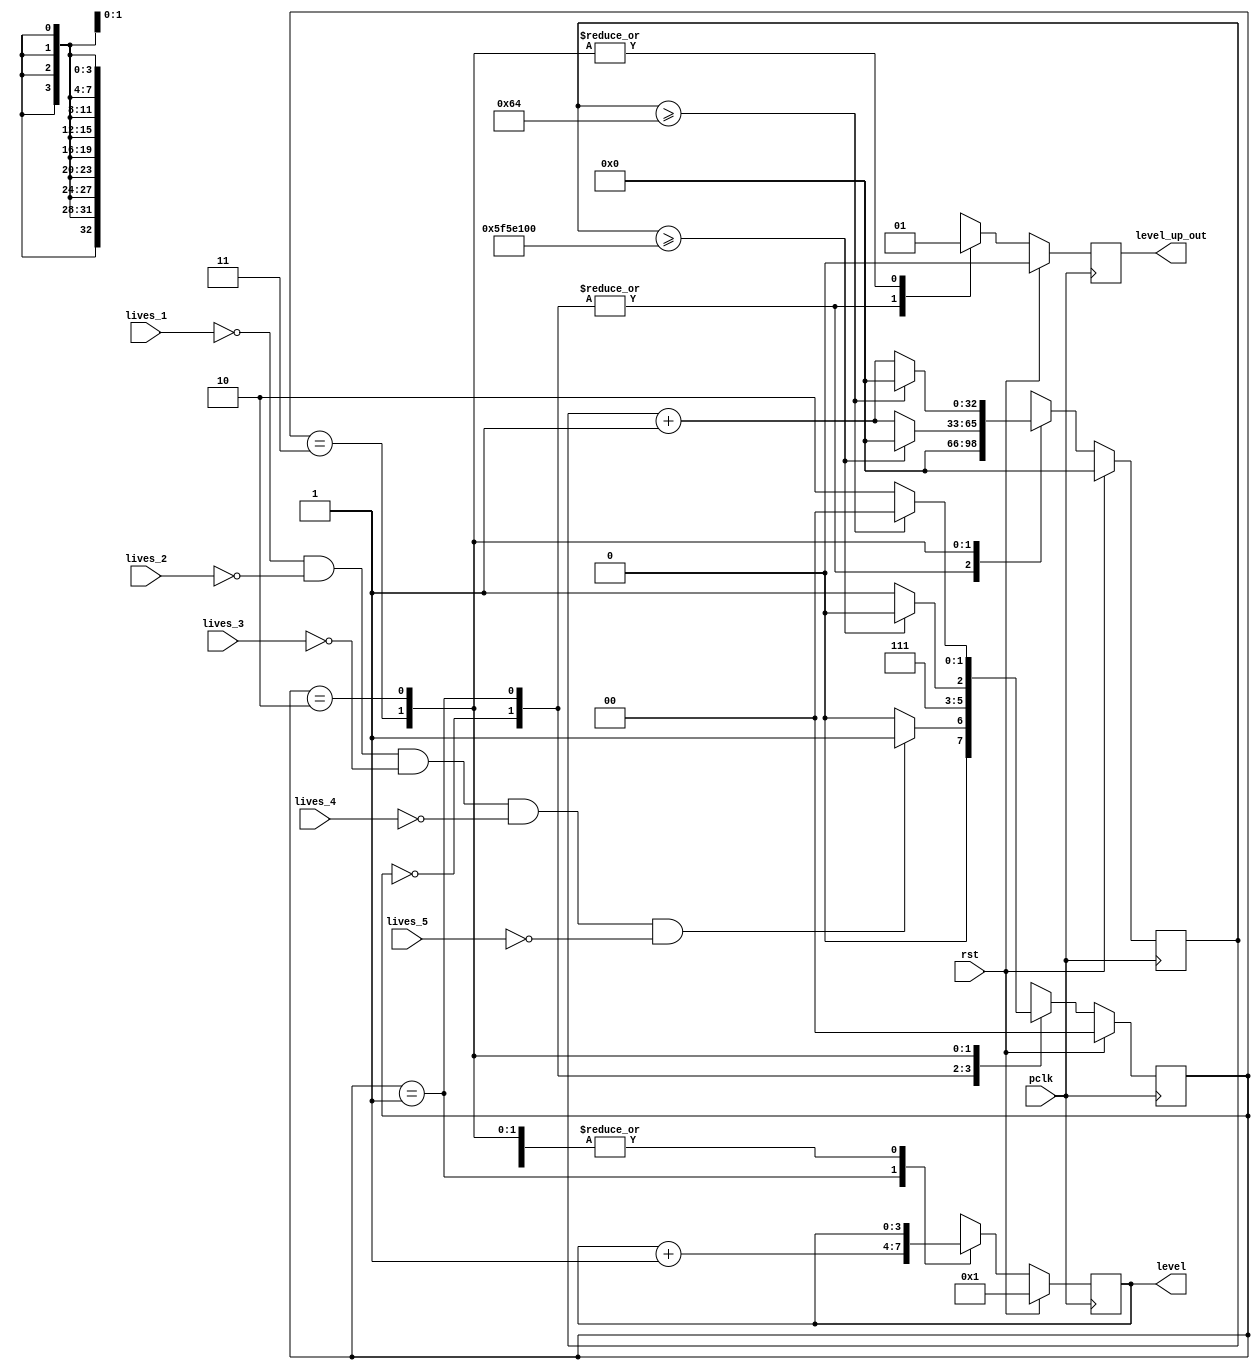

module level(
    input wire pclk,                                  // Peripheral Clock
    input wire rst,                                   // Synchrous reset

    input wire lives_1, 
    input wire lives_2, 
    input wire lives_3,
    input wire lives_4,
    input wire lives_5,

    output reg [3:0] level,
    output reg level_up_out
  );

    localparam IDLE = 2'b00;
    localparam LEVEL_UP = 2'b01;
    localparam RESET = 2'b10;
    localparam HOLD = 2'b11;

    localparam COUNTER_LIMIT = 100000000;
      
    reg [1:0] state, state_nxt;

    reg [3:0] level_nxt = 1;
    //reg [3:0] level_nxt_machine = 1;

    reg level_up_out_nxt;
    reg [32:0] refresh_counter, refresh_counter_nxt = 0;

// ---------------------------------------
// state register
  always @(posedge pclk) begin
    if(rst) begin
        state <= IDLE;
        level <= 1;
        level_up_out <= 0;
        refresh_counter <= 0;      
    end
    else begin
        state <= state_nxt;
        level <= level_nxt;
        level_up_out <= level_up_out_nxt;
        refresh_counter <= refresh_counter_nxt;
    end
  end

// ---------------------------------------
// next state logic
  always @(lives_1 or lives_2 or lives_3 or lives_4 or lives_5 or state or refresh_counter) begin
    case(state)
      IDLE: begin
                //refresh_counter_nxt = refresh_counter;
                if( (!lives_1) && (!lives_2) && (!lives_3) && (!lives_4) && (!lives_5)) begin
                //if((!lives_5)) begin // for developing purpose
                    state_nxt = LEVEL_UP;
                end
                else begin
                    state_nxt = IDLE;
                end
                refresh_counter_nxt = 0;
            end
      LEVEL_UP: begin
            refresh_counter_nxt = 0;
            state_nxt = HOLD;
       end
      HOLD: begin
          if(refresh_counter >= COUNTER_LIMIT) begin
            refresh_counter_nxt = 0;
            state_nxt = RESET;
          end
          else begin
            refresh_counter_nxt = refresh_counter + 1;
            state_nxt = HOLD;
            end
       end
      RESET: begin
          if(refresh_counter >= 100) begin
            refresh_counter_nxt = 0;
            state_nxt = IDLE;
          end
          else begin
            refresh_counter_nxt = refresh_counter + 1;
            state_nxt = RESET;
          end
       end
      default: begin
        state_nxt = IDLE;
        refresh_counter_nxt = refresh_counter;
      end  

    endcase
  end

// ---------------------------------------
// output logic direct output definitions
  always @(*) begin
    case(state)
        IDLE: begin
            level_nxt = level; 
            level_up_out_nxt = 0;
        end
        LEVEL_UP: begin
            level_nxt = level + 1;
            level_up_out_nxt = 0;
        end
        HOLD: begin
            level_nxt = level;
            level_up_out_nxt = 1;
        end
        RESET: begin
            level_nxt = level;
            level_up_out_nxt = 1;
        end
        default: begin
            level_nxt = level; 
            level_up_out_nxt = 0;
        end  
      endcase
  end
endmodule